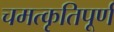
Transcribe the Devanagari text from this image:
चमत्कृतिपूर्ण